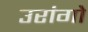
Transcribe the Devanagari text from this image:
उरांगो